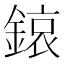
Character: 鎄